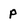
Character: P